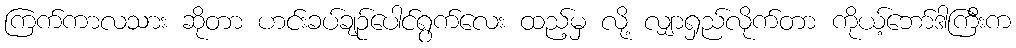
ကြက်ကာလသား ဆိုတာ ဟင်းခပ်ချဉ်ပေါင်ရွက်လေး ထည့်မှ လို့ လျှာရှည်လိုက်တာ ကိုယ့်ဘော်ဒါကြီးက